Account of plague administration in the Bombay Presidency from September 1896 till May 1897
Year: 1896
Disease focus: Plague
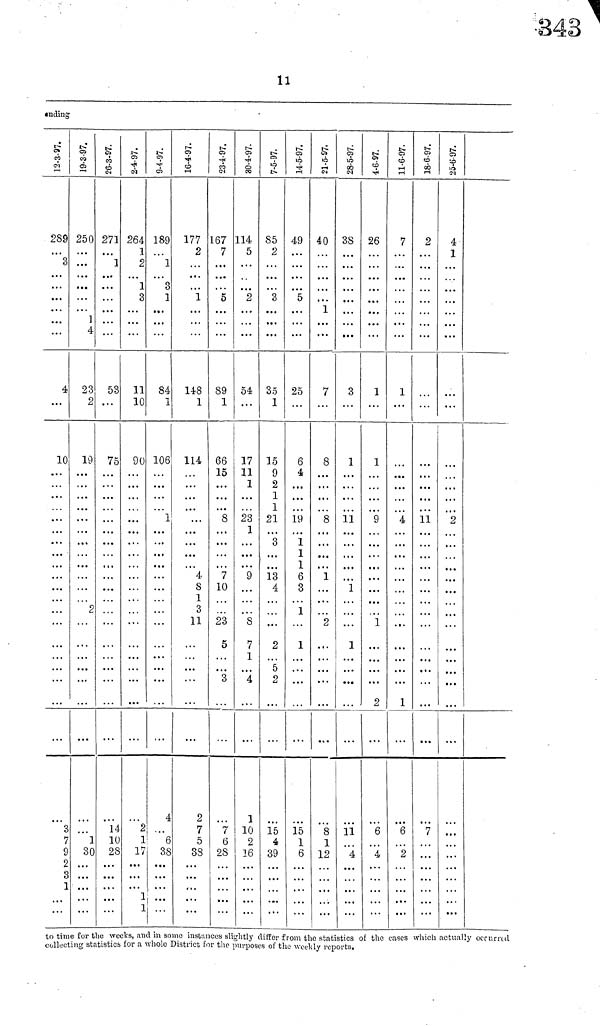
11
ending
12-3-97.
289
.
3
. . .
...
4
...
10
3
7
9
2
3
1
...
...
19-3-97.
250
...
1
4
23
0
19
2
1
30
. . .
. . .
26-3-97.
271
...
1
...
...
53
...
75
14
10
28
...
...
2-4-97.
264
1
2
1
3
...
11
10
90
2
1
17
1
1
9-4-97.
189
1
3
1
84
1
106
1
. . .
. . .
4
6
38
1
16-4-97.
177
2
1
148
1
114
...
4
S
1
3
11
2
7
5
8
38
. ..
23-4-97.
167
7
5
89
1
66
15
8
7
10
. . .
23
5
3
7
6
28
30-4-97.
114
5
2
54
...
17
11
1
23
1
9
. . .
8
7
1
4
1
10
2
36
7-5-97.
85
2
3
35
1
15
9
2
1
1
21
3
13
4
...
2
5
2
15
4
39
14-5-97.
49
5
25
6
4
19
1
1
1
6
3
1
...
1
15
1
6
21-5-97.
40
1
7
8
8
1
...
2
...
8
1
12
28-5-97.
38
3
1
11
1
...
1
11
4
4-6-97.
26
1
1
9
1
2
6
4
11-6-97.
7
1
4
1
6
2
18-6-97.
2
11
...
· ·
7
25-6-97.
4
1
2
...
. . .
...
...
1
to time for the weeks, and in some instances slightly differ from the statistics of the eases which actually ocrurred
collecting statistics for a whole District for the purposes of the weekly reports.